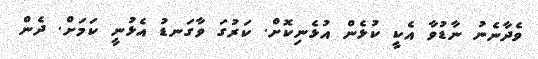
ވެދާނެނު ނާޑުވާ އެކީ ކުޅެން އުޅެނިކޮށް. ކަރުގަ ވާގަނޑު އެޅުނީ ކަމަށް. ދެން